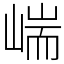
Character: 㟨